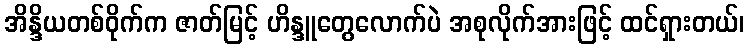
အိန္ဒိယတစ်ဝိုက်က ဇာတ်မြင့် ဟိန္ဒူတွေလောက်ပဲ အစုလိုက်အားဖြင့် ထင်ရှားတယ်၊